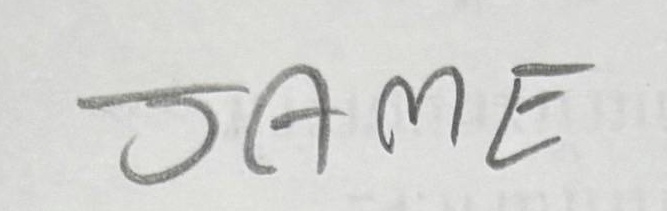
JAME